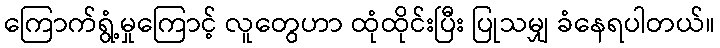
ကြောက်ရွံ့မှုကြောင့် လူတွေဟာ ထုံထိုင်းပြီး ပြုသမျှ ခံနေရပါတယ်။